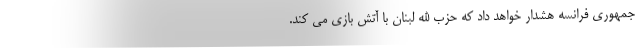
جمهوری فرانسه هشدار خواهد داد که حزب الله لبنان با آتش بازی می کند.